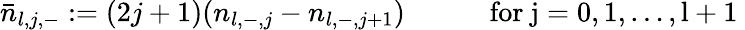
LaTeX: \bar{n}_{l,j,-}:=(2j+1)(n_{l,-,j}-n_{l,-,j+1})\qquad\quad\mathrm{for~j=0,1,\dots,l+1~}